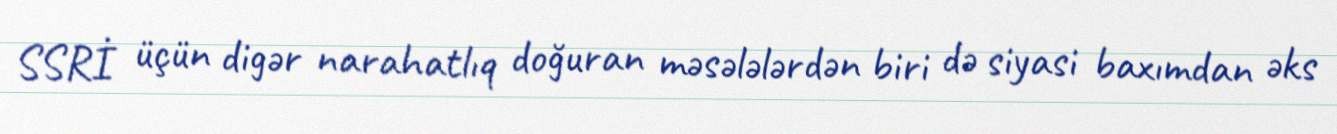
SSRİ üçün digər narahatlıq doğuran məsələlərdən biri də siyasi baxımdan əks